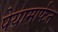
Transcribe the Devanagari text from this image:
पेयामार्फत